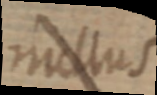
mallus